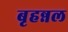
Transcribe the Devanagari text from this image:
बृहन्नल